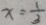
x = \frac { 1 } { 3 }